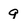
Character: 9